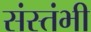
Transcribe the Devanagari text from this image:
संस्तंभी